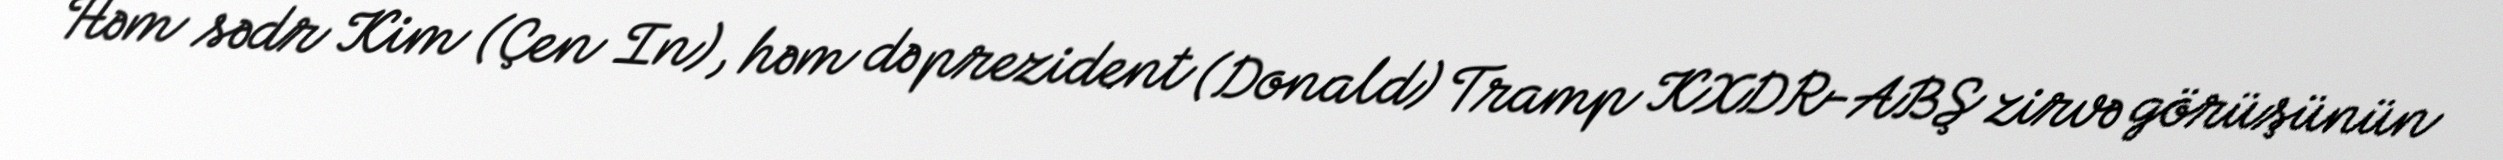
Həm sədr Kim (Çen In), həm də prezident (Donald) Tramp KXDR-ABŞ zirvə görüşünün